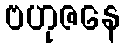
ဗဟုဇနေ